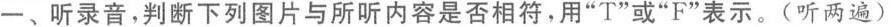
一、听录音，判断下列图片与所听内容是否相符，用”T”或”F”表示。(听两遍)